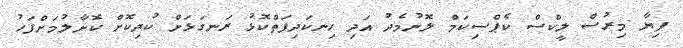
ފިޔާ މިރުސް ލީކްސް ކެޕްސިކަމް ލޮނުމެދު އަދި ހިނކަދިފަތްކޮޅު ރަނގަޅަށް ކުދިކޮށް ކޮށާލުމަށްފަހު